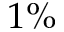
1 \%